Civil Veterinary Dept. Assam report 1927-50 - 1927-1950
Year: 1927
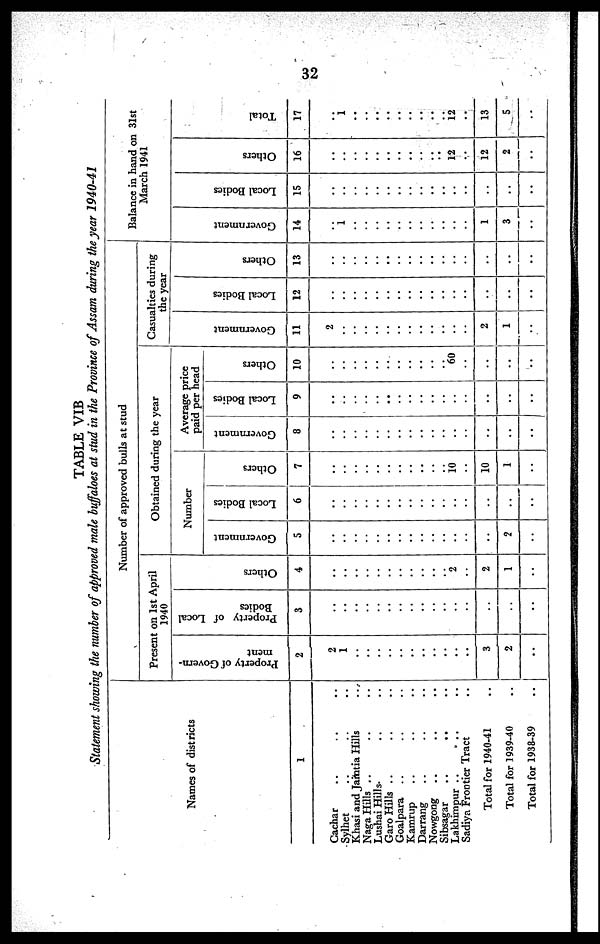
32
TABLE VIB
Statement showing the number of approved male buffaloes at stud in the Province of Assam during the year
1940-41
Names of districts
1
Cachar .. .. ..
Sylhet .. .. ..
Khasi and Jamtia Hills ..
Naga Hills .. .. ..
Lushai Hills .. ..
Garo Hills .. .. ..
Goalpara .. .. ..
Kamrup .. .. ..
Darrang .. .. ..
Nowgong .. .. ..
Sibsagar
..
..
..
Lakhimpur .. .. ..
Sadiya Frontier Tract ..
Total for 1940-41 ..
Total for 1939-40 ..
Total for 1938-39 ..
Number of approved bulls at stud
Present on 1st April
1940
P roperty of Govern-
ment
2
2
1
..
..
..
..
..
..
..
..
..
..
..
3
2
..
Property of Local
Bodies
3
..
..
..
..
..
..
..
..
..
..
..
..
..
..
..
..
Others
4
..
..
..
..
..
..
..
..
..
..
..
2
..
2
1
..
Obtained during the year
Number
Government
5
..
..
..
..
..
..
..
..
..
..
..
..
..
..
2
..
Local Bodies
6
..
..
..
..
..
..
..
..
..
..
..
..
..
..
..
..
Others
7
..
10
10
1
..
Average price
paid per head
Government
8
..
..
..
..
..
..
..
..
..
..
..
..
..
..
..
..
Local Bodies
9
..
..
..
..
..
..
..
..
..
..
..
..
..
..
..
..
Others
10
..
..
..
..
..
..
..
..
..
..
..
60
..
..
..
..
Casualties during
the year
Go v e r
n me n t
11
2
..
..
..
..
..
..
..
..
..
..
..
..
2
1
..
Local Bodi es
12
..
..
..
..
..
..
..
..
..
..
..
..
..
..
..
..
Others
13
..
..
..
..
..
..
..
..
..
..
..
..
..
..
..
..
Balance in hand on 31st
March 1941
Go v e r
n me n t
14
..
i
..
..
..
..
..
..
..
..
..
..
..
1
3
..
Local Bodies
15
..
..
..
..
..
..
..
..
..
..
..
..
..
..
..
..
Others
16
..
..
..
..
..
..
..
..
..
..
..
12
..
12
2
..
Tot al
17
..
1
..
..
..
..
..
..
..
..
..
12
..
13
5
..